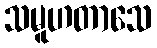
သမူဟတာသေ